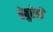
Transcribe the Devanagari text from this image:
बेबुरेडों